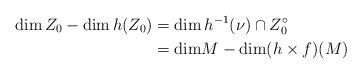
LaTeX: \begin{align*}\dim Z_0 - \dim h(Z_0) &= \dim {h}^{-1}(\nu)\cap Z_0^\circ \\&= \mathrm{dim} M - \mathrm{dim} (h\times f)(M)\end{align*}